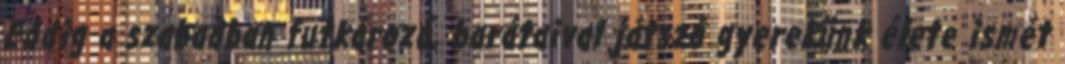
Eddig a szabadban futkározó, barátaival játszó gyerekünk élete ismét